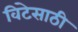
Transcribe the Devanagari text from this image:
विटेसाठी